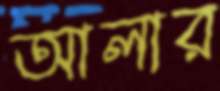
আলার